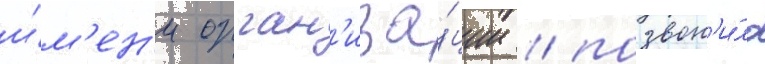
и́м'ен'и орган'иза́ции / позвон'и́ло